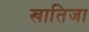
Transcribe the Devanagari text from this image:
खातिजा